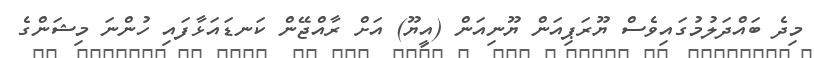
މިދެ ބައްދަލުމުގައިވެސް ޔޫރަޕިއަން ޔޫނިއަން (އީޔޫ) އަށް ރާއްޖޭން ކަނޑައަޅާފައި ހުންނަ މިޝަންގެ